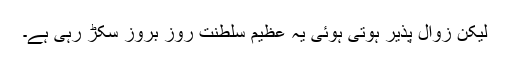
لیکن زوال پذیر ہوتی ہوئی یہ عظیم سلطنت روز بروز سکڑ رہی ہے۔